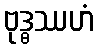
ဗုဒ္ဓဿဟံ